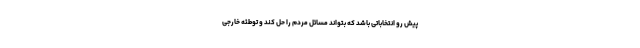
پیش رو انتخاباتی باشد که بتواند مسائل مردم را حل کند و توطئه خارجی